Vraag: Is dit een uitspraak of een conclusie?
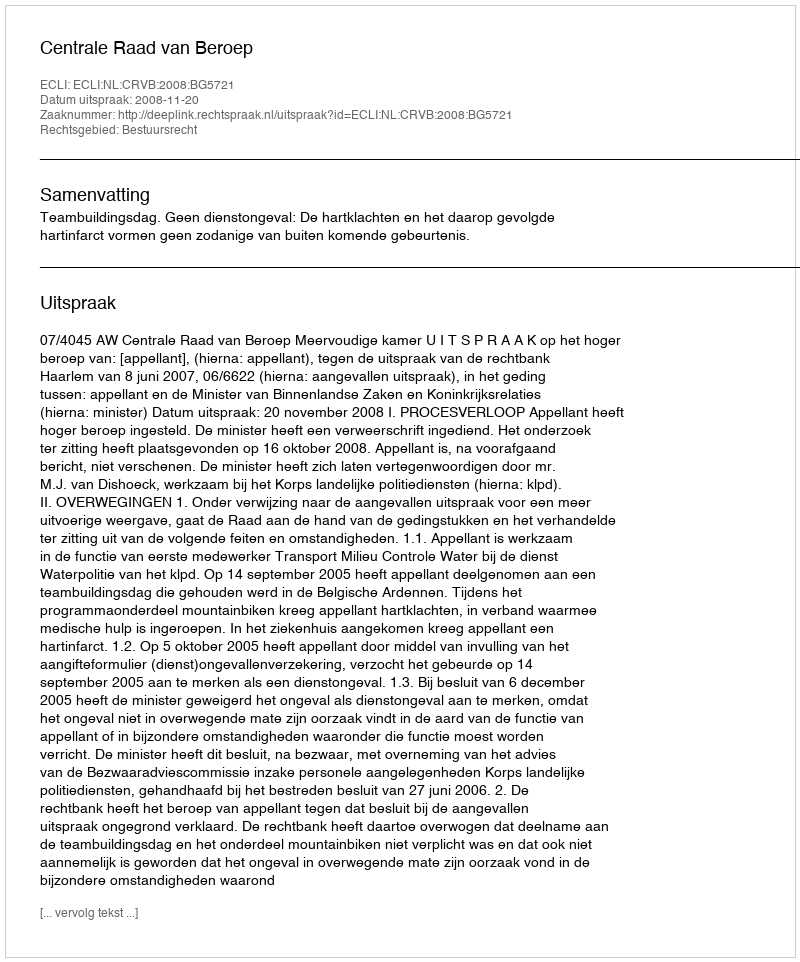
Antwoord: Uitspraak